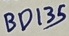
Text: BD135